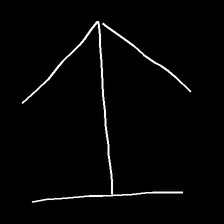
Glyph: levitation